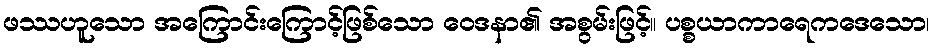
ဖဿဟူသော အကြောင်းကြောင့်ဖြစ်သော ဝေဒနာ၏ အစွမ်းဖြင့်။ ပစ္စယာကာရေကဒေသော၊